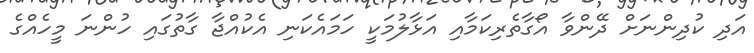
އަދި ކުދިންނަށް ދޭންވާ އޯގާތެރިކަމާއި އަޅާލުމަކީ ހަމައެކަނި އެކުއްޖާ ގާތުގައި ހުންނަ މީހެއްގެ